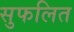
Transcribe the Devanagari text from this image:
सुफलित